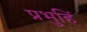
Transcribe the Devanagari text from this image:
प्रभुहिं